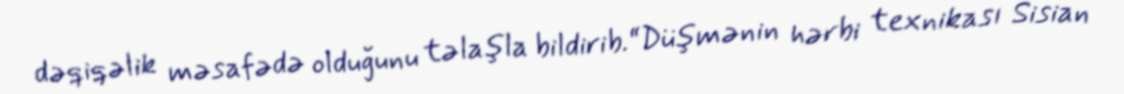
dəqiqəlik məsafədə olduğunu təlaşla bildirib.“Düşmənin hərbi texnikası Sisian